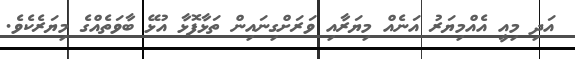
އަދި މިއީ އެއްމިޔަރު އަނެއް މިޔަރާއި ވަރަށްގިނައިން ތަޅާފޮޅާ އުޅޭ ބާވަތެއްގެ މިޔަރެކެވެ.